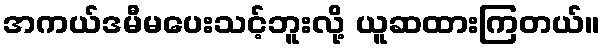
အကယ်ဒမီမပေးသင့်ဘူးလို့ ယူဆထားကြတယ်။